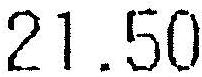
21.50